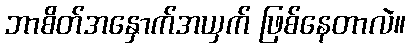
ဘာစိတ်အနှောက်အယှက် ဖြစ်နေတာလဲ။